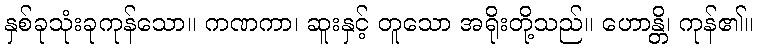
နှစ်ခုသုံးခုကုန်သော။ ကဏကာ၊ ဆူးနှင့် တူသော အရိုးတို့သည်။ ဟောန္တိ၊ ကုန်၏။